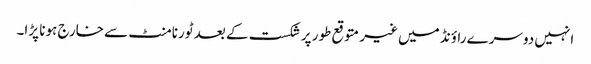
انہیں دوسرے راؤنڈ میں غیر متوقع طور پر شکست کے بعد ٹورنامنٹ سے خارج ہونا پڑا۔